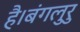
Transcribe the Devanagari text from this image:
है।बंगलुरु